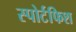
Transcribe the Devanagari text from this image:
स्पोर्टफिश